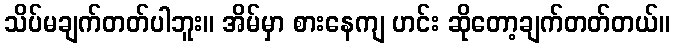
သိပ်မချက်တတ်ပါဘူး။ အိမ်မှာ စားနေကျ ဟင်း ဆိုတော့ချက်တတ်တယ်။